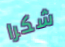
شكرا